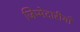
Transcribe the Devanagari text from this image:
जिम्मेदारीयाँ